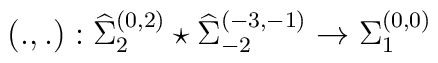
\left(.,.\right): {\widehat \Sigma}_{2}^{(0,2)} \star {\widehat \Sigma}_{-2}^{(-3,-1)} \rightarrow  {\Sigma}_{1}^{(0,0)}